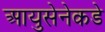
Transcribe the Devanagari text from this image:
आयुसेनेकडे